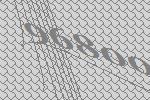
96800